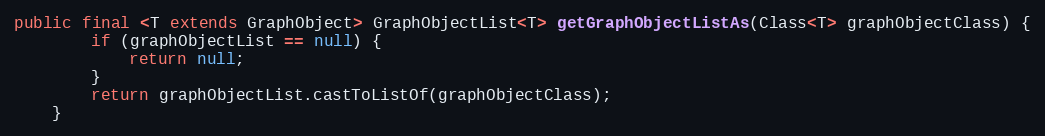
Language: Java
public final <T extends GraphObject> GraphObjectList<T> getGraphObjectListAs(Class<T> graphObjectClass) {
        if (graphObjectList == null) {
            return null;
        }
        return graphObjectList.castToListOf(graphObjectClass);
    }